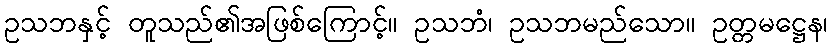
ဥသဘနှင့် တူသည်၏အဖြစ်ကြောင့်။ ဥသဘံ၊ ဥသဘမည်သော။ ဥတ္တမဋ္ဌေန၊